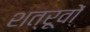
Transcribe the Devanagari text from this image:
शत्रूवों